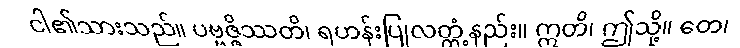
ငါ၏သားသည်။ ပဗ္ဗဇ္ဇိဿတိ၊ ရဟန်းပြုလတ္တံ့နည်း။ ဣတိ၊ ဤသို့။ တေ၊